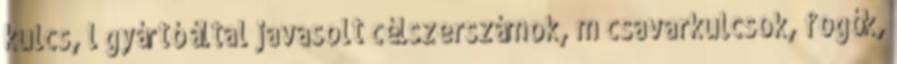
kulcs, l gyártó által javasolt célszerszámok, m csavarkulcsok, fogók,